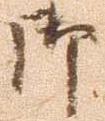
御